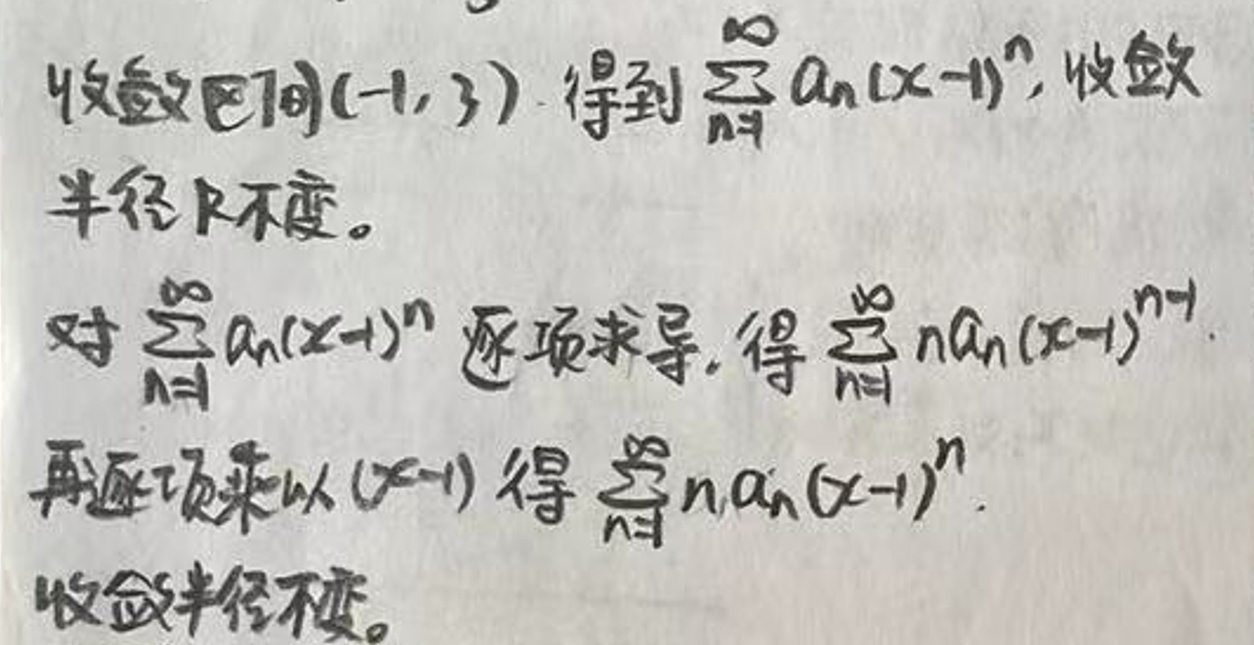
将收敛区间\((-1,3)\)得到\(\sum_{n = 1}^{\infty}a_{n}(x - 1)^{n}\)，收敛半径\(R\)不变。
对\(\sum_{n = 1}^{\infty}a_{n}(x + 1)^{n}\)逐项求导，得\(\sum_{n = 1}^{\infty}na_{n}(x + 1)^{n - 1}\)。
再逐项乘以\((x - 1)\)得\(\sum_{n = 1}^{\infty}na_{n}(x - 1)^{n}\)。
收敛半径不变。